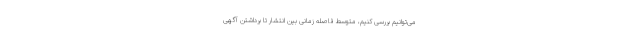
می‌توانیم بررسی کنیم، متوسط فاصله زمانی بین انتشار تا برداشتن آگهی